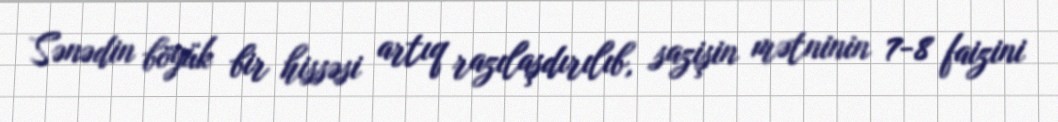
Sənədin böyük bir hissəsi artıq razılaşdırılıb, sazişin mətninin 7-8 faizini